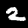
Label: 2